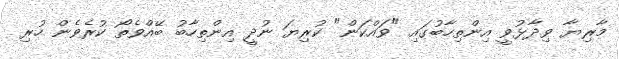
މާރިޔާ ވިދާޅުވީ އިންތިހާބުގައި "ވައްކަން" ކުރިޔަ ނުދީ އިންތިހާބު ބޭއްވެތޯ ކުރެވެން ހުރި